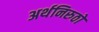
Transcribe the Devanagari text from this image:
अर्थनिरुठो